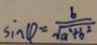
\sin \theta = \frac { b } { \sqrt { a ^ { 2 } + b ^ { 2 } } }